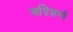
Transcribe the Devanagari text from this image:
अग्निशर्मा